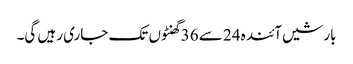
بارشیں آئندہ 24 سے 36 گھنٹوں تک جاری رہیں گی۔